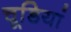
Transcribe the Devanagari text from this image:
चूडि़यां